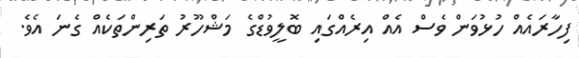
ފިހާރައެއް ހުޅުވަން ވެސް އެއް އިރެއްގައި ބޮލީވުޑްގެ މަޝްހޫރު ތަރިންތަކެއް ގެނަ އެވެ.